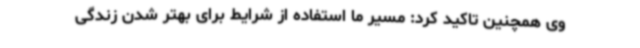
وی همچنین تاکید کرد: مسیر ما استفاده از شرایط برای بهتر شدن زندگی